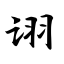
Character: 诩